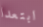
ابتعدا